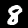
Digit: 8